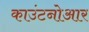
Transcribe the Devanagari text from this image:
काउंटनोआर